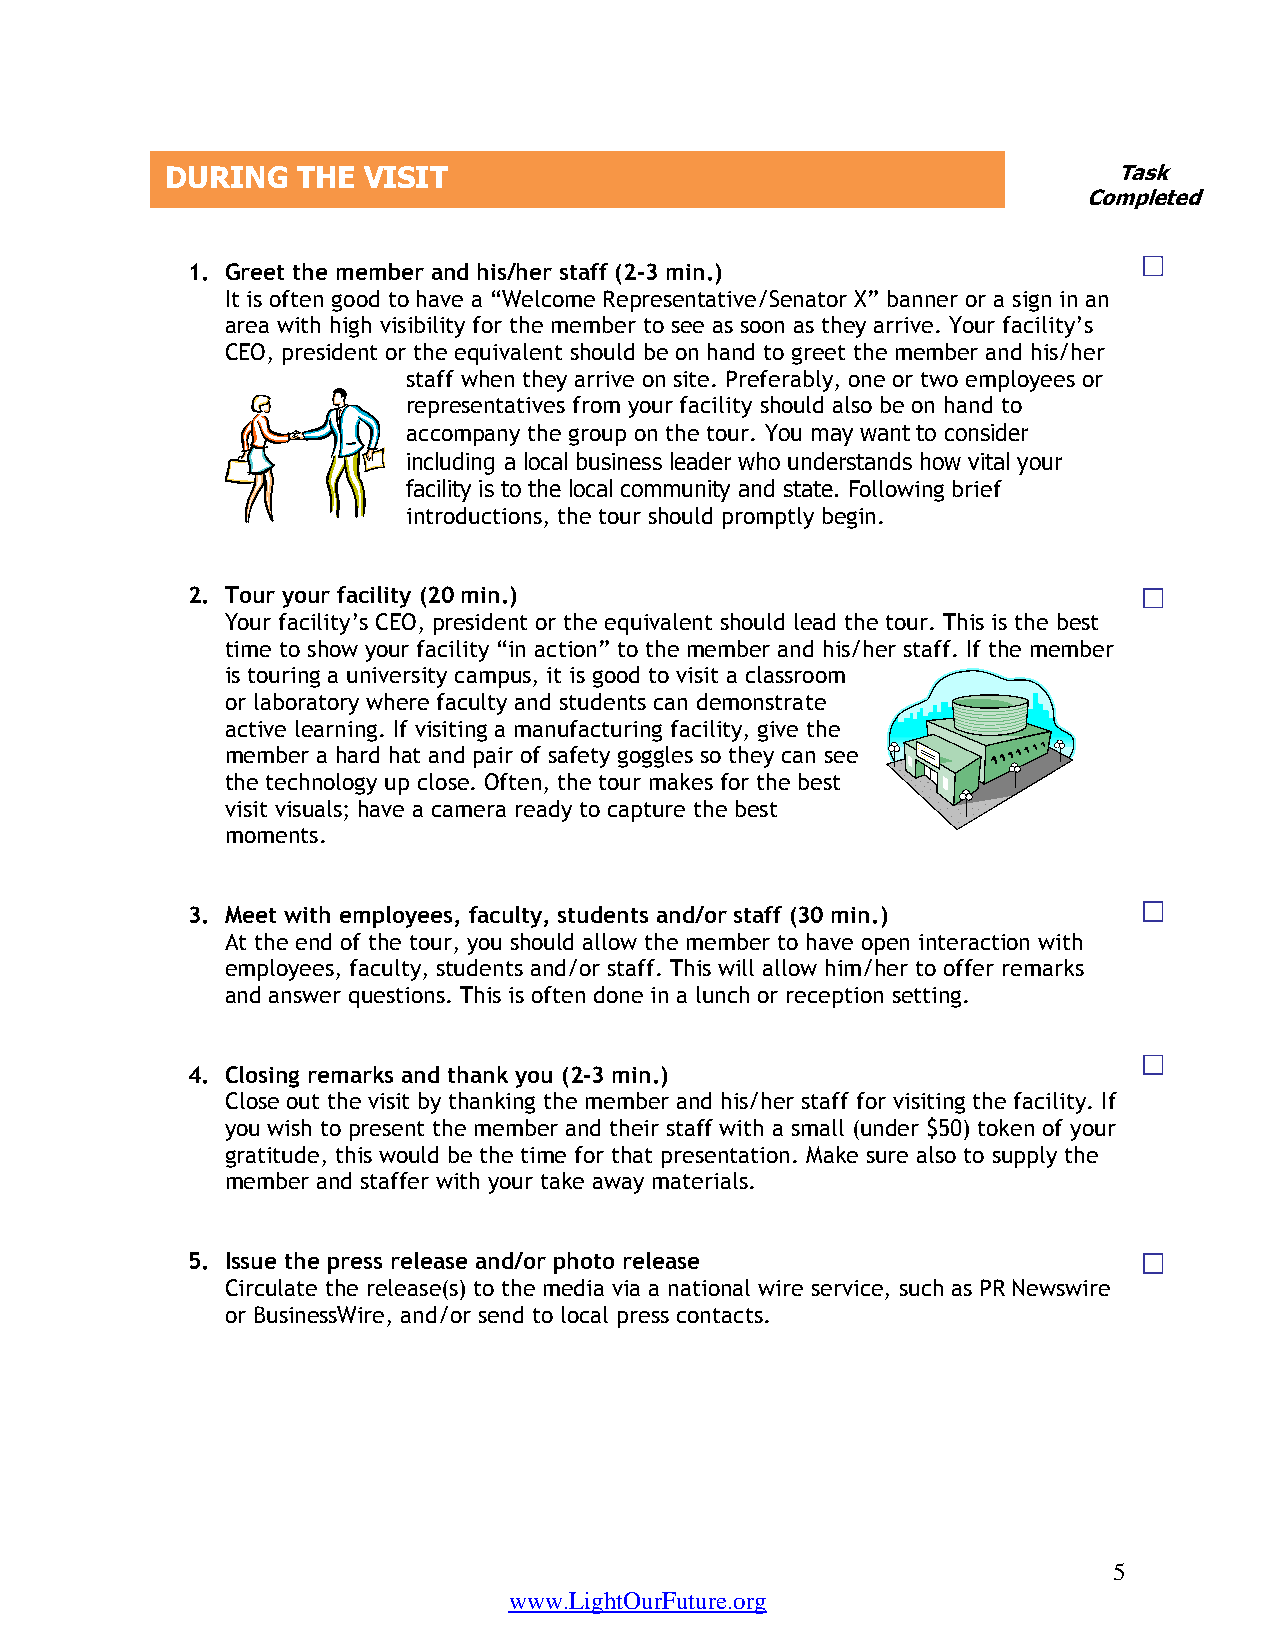
DURING   THE VISIT                                             Task
 Completed
 1. Greet the member and his/her staff (2-3 min.)
 It is often good to have a “Welcome Representative/Senator X” banner or a sign in an
 area with high visibility for the member to see as soon as they arrive. Your facility’s
 CEO, president or the equivalent should be on hand to greet the member and his/her
 staff when they arrive on site. Preferably, one or two employees or
 representatives from your facility should also be on hand to
 accompany the group on the tour. You may want to consider
 including a local business leader who understands how vital your
 facility is to the local community and state. Following brief
 introductions, the tour should promptly begin.
 2. Tour your facility (20 min.)
 Your facility’s CEO, president or the equivalent should lead the tour. This is the best
 time to show your facility “in action” to the member and his/her staff. If the member
 is touring a university campus, it is good to visit a classroom
 or laboratory where faculty and students can demonstrate
 active learning. If visiting a manufacturing facility, give the
 member a hard hat and pair of safety goggles so they can see
 the technology up close. Often, the tour makes for the best
 visit visuals; have a camera ready to capture the best
 moments.
 3. Meet with employees, faculty, students and/or staff (30 min.)
 At the end of the tour, you should allow the member to have open interaction with
 employees, faculty, students and/or staff. This will allow him/her to offer remarks
 and answer questions. This is often done in a lunch or reception setting.
 4. Closing remarks and thank you (2-3 min.)
 Close out the visit by thanking the member and his/her staff for visiting the facility. If
 you wish to present the member and their staff with a small (under $50) token of your
 gratitude, this would be the time for that presentation. Make sure also to supply the
 member and staffer with your take away materials.
 5. Issue the press release and/or photo release
 Circulate the release(s) to the media via a national wire service, such as PR Newswire
 or BusinessWire, and/or send to local press contacts.
 5
 www.LightOurFuture.org